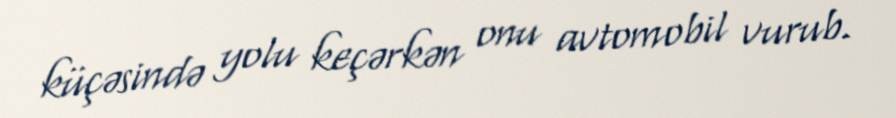
küçəsində yolu keçərkən onu avtomobil vurub.